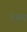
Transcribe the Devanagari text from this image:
१३व्य